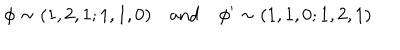
LaTeX: \phi \sim ( 1 , 2 , 1 ; 1 , 1 , 0 ) \quad \mathrm { a n d } \quad \phi ^ { \prime } \sim ( 1 , 1 , 0 ; 1 , 2 , 1 )